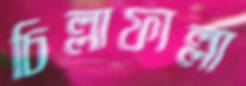
চিল্লাফাল্লা